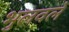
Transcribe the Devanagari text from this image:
भुलवले